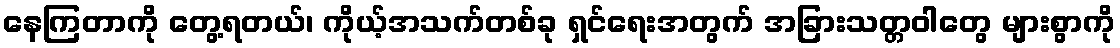
နေကြတာကို တွေ့ရတယ်၊ ကိုယ့်အသက်တစ်ခု ရှင်ရေးအတွက် အခြားသတ္တဝါတွေ များစွာကို